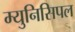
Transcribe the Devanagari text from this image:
म्‍युनिसिपल